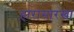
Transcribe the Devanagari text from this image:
हारासारखा